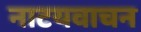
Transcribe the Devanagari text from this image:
नाटयवाचन